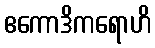
ဧကောဒိကရောဟိ